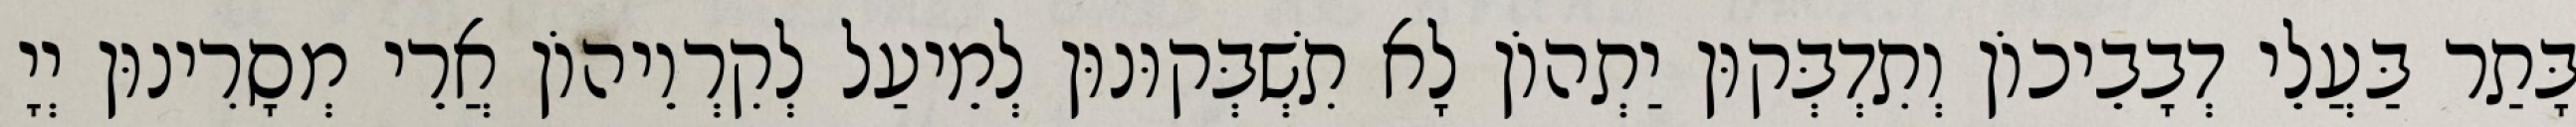
בָּתַר בַּעֲלֵי דְבָבֵיכוֹן וְתִדְבְּקוּן יַתְהוֹן לָא תִשְׁבְּקוּנוּן לְמֵיעַל לְקִרְוֵיהוֹן אֲרֵי מְסָרִינוּן יְיָ